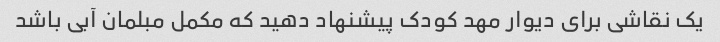
یک نقاشی برای دیوار مهد کودک پیشنهاد دهید که مکمل مبلمان آبی باشد